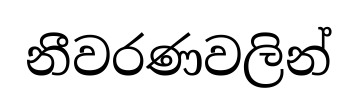
නීවරණවලින්